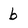
Character: b